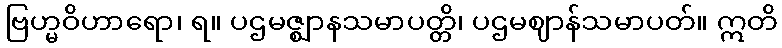
ဗြဟ္မဝိဟာရော၊ ရ။ ပဌမဇ္ဈာနသမာပတ္တိ၊ ပဌမဈာန်သမာပတ်။ ဣတိ